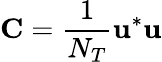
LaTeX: \mathbf{C}=\frac{1}{N_{T}}\mathbf{u}^{*}\mathbf{u}